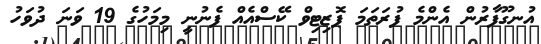
އުނގޫފާރުން އެންމެ ފުރަތަމަ ޕޮޒިޓިވް ކޭސްއެއް ފެނުނީ މިމަހުގެ 19 ވަނަ ދުވަހު